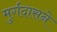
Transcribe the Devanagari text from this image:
मुर्गदासने